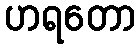
ဟရတော